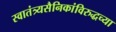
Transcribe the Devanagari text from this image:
स्वातंत्र्यसैनिकांविरुद्धच्या